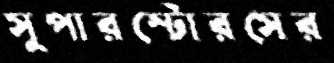
সুপারস্টোরসের